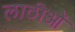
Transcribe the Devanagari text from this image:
लाठीओं